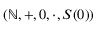
( \mathbb { N } , + , 0 , \cdot , S ( 0 ) )